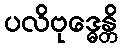
ပလိဗုဒ္ဓေန္တိ